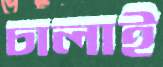
চালাই